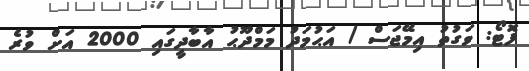
ފޮޓޯ: ވަގުތު އިމޭޖަސް / އަޙުމަދު މަމްދޫޙު އާބާދީގައި 2000 އަށް ވުރެ